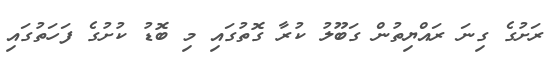
ރަށުގެ ގިނަ ރައްޔިތުން ގަބޫލު ކުރާ ގޮތުގައި މި ބޮޑު ކުށުގެ ފަހަތުގައި